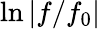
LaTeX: \ln|f/f_{0}|